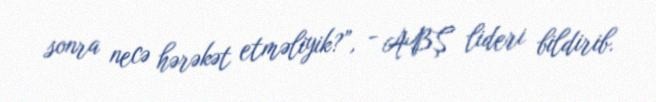
sonra necə hərəkət etməliyik?”, - ABŞ lideri bildirib.